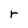
Character: r